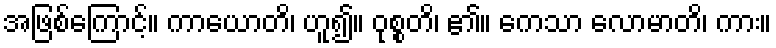
အဖြစ်ကြောင့်။ ကာယောတိ၊ ဟူ၍။ ဝုစ္စတိ၊ ၏။ ကေသာ လောမာတိ၊ ကား။